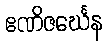
ဧဏိဇင်္ဃေန